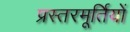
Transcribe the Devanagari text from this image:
प्रस्तरमूर्तियों